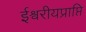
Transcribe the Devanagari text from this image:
ईश्वरीयप्राप्ति